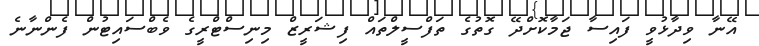
އޭނާ ވިދާޅުވީ ފައިސާ ޖަމާކޮށްދޭ ގޮތުގެ ތަފްސީލްތައް ފިޝަރީޒް މިނިސްޓްރީގެ ވެބްސައިޓުން ފެންނާނެ